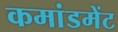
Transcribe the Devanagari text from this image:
कमांडमेंट